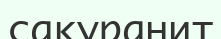
сакуранит